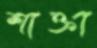
শাক্তা